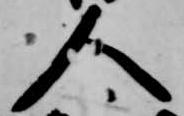
人